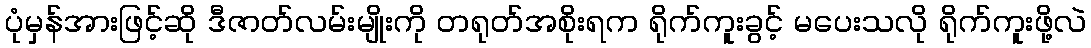
ပုံမှန်အားဖြင့်ဆို ဒီဇာတ်လမ်းမျိုးကို တရုတ်အစိုးရက ရိုက်ကူးခွင့် မပေးသလို ရိုက်ကူးဖို့လဲ